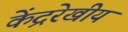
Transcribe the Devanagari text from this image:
केंद्ररेखीय